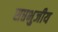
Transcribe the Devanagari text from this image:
सप्तभुजीय